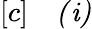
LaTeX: \begin{array}{rl}{[c]}&{{}\mathit{(i)}}\end{array}